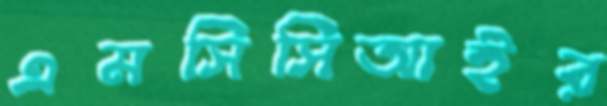
এমসিসিআইর